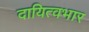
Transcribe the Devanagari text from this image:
दायित्वभार